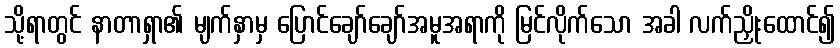
သို့ရာတွင် နာတာရှာ၏ မျက်နှာမှ ပြောင်ချော်ချော်အမူအရာကို မြင်လိုက်သော အခါ လက်ညှိုးထောင်၍